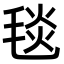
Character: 毯